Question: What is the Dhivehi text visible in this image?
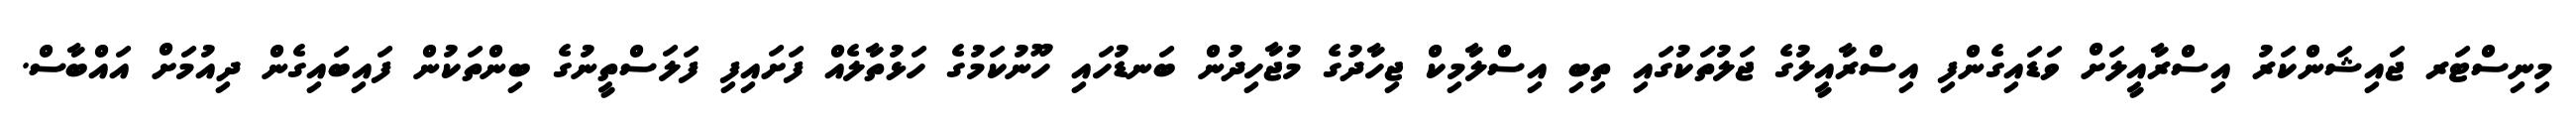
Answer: މިނިސްޓަރ ޖައިޝަންކަރު އިސްރާއީލަށް ވަޑައިގެންފި އިސްރާއީލުގެ ޖަލުތަކުގައި ތިބި އިސްލާމިކް ޖިހާދުގެ މުޖާހިދުން ބަނޑުހައި ހޫނުކަމުގެ ހަޅުތާލެއް ފަށައިފި ފަލަސްތީނުގެ ބިންތަކުން ފައިބައިގެން ދިއުމަށް އައްބާސް.